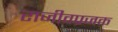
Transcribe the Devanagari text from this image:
राजीवप्रजक